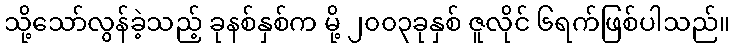
သို့သော်လွန်ခဲ့သည့် ခုနစ်နှစ်က မို့ ၂၀၀၃ခုနှစ် ဇူလိုင် ၆ရက်ဖြစ်ပါသည်။